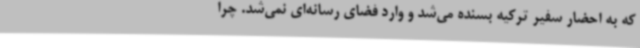
که به احضار سفیر ترکیه بسنده می‌شد و وارد فضای رسانه‌ای نمی‌شد. چرا